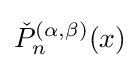
{\check {P}}_{n}^{(\alpha ,\beta )}(x)